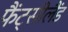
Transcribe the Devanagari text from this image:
फैंट्सीलैंड